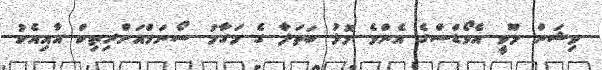
ވިޝަން މޫވީ އެވޯޑްސްގެ އެންމެ މޮޅު ބަތަލާ ގެ މަގާމު ސޯނަމްއަށްރިތިކް އާއިއެކު